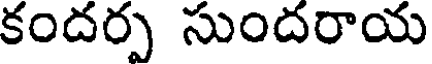
కందర్ప సుందరాయ